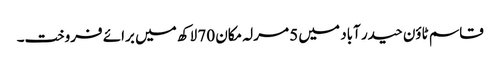
قاسم ٹاؤن حیدر آباد میں 5 مرلہ مکان 70 لاکھ میں برائے فروخت۔